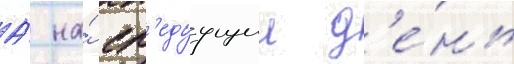
А́ на́ сл'едуущии д'е́нь